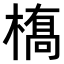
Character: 𫞎